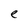
Character: e